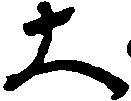
大